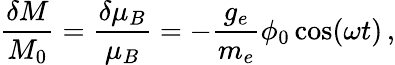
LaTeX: \frac{\delta M}{M_{0}}=\frac{\delta\mu_{B}}{\mu_{B}}=-\frac{g_{e}}{m_{e}}\phi_{0}\cos(\omega t)\, ,